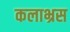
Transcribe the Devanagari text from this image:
कलाभ्रस